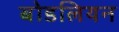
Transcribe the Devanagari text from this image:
बोडलियन